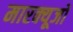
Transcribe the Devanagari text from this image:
मारक्यूजो